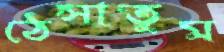
ঠেসাতুম